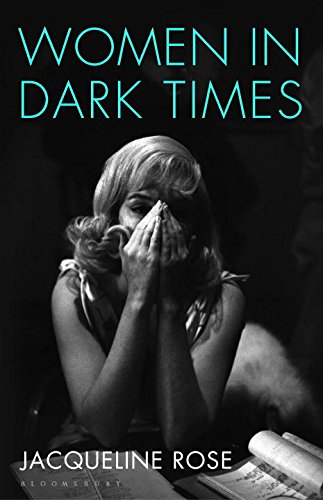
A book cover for Women in Dark Times; Jacqueline Rose; Politics & Social Sciences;